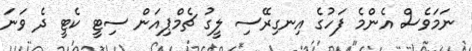
ނަމަވެސް އެންމެ ފަހުގެ އިނގިރޭސި ލީގު ޗެމްޕިއަން ސިޓީ ކެޓީ ދެ ވަނަ